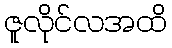
ဇူလိုင်လအထိ